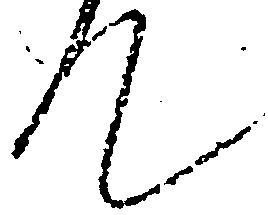
て